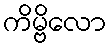
ကိမ္ဗိလော